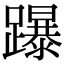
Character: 𨇅